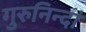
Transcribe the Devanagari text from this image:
गुरुनिन्दां